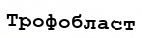
Трофобласт